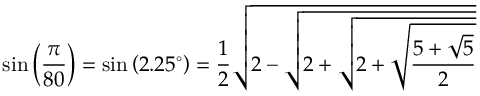
\sin \left( { \frac { \pi } { 8 0 } } \right) = \sin \left( 2 . 2 5 ^ { \circ } \right) = { \frac { 1 } { 2 } } { \sqrt { 2 - { \sqrt { 2 + { \sqrt { 2 + { \sqrt { \frac { 5 + { \sqrt { 5 } } } { 2 } } } } } } } } }